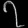
Digit: ၇